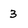
Character: 3